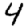
Digit: 4